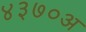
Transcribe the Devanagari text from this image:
४३७०अ